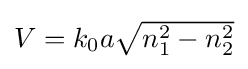
{\textstyle V=k_{0}a{\sqrt {n_{1}^{2}-n_{2}^{2}}}}